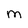
Character: M